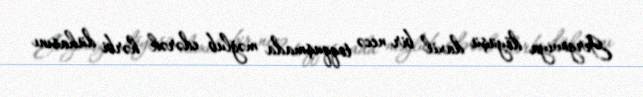
Gergoviya döyüşü daxil bir necə toqquşmada məğlub edərək hərbi dühasını